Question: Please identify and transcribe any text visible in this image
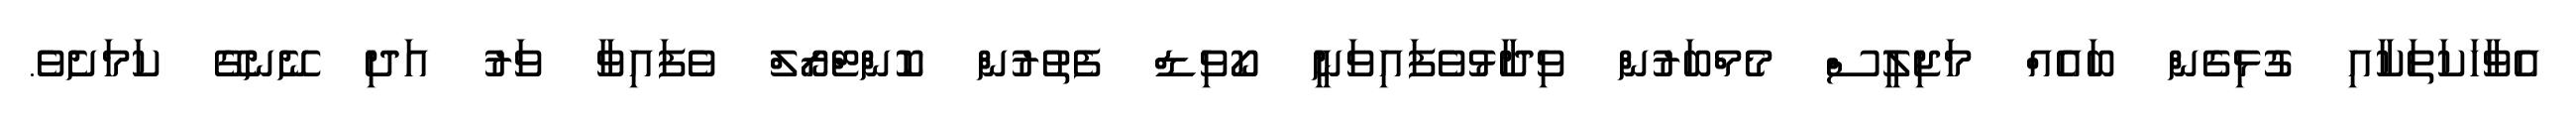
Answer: އެވާހަކަތަކާއި ގުޅިގެން ބައެއް މަޖިލީސް މެމްބަރުން ވިދާޅުވެފައިވަނީ ކޯވިޑް ފެތުރުން ކޮންޓްރޯލް ވެފައިވާ ވަރު އަދި ނޭނގޭ ކަމަށެވެ.